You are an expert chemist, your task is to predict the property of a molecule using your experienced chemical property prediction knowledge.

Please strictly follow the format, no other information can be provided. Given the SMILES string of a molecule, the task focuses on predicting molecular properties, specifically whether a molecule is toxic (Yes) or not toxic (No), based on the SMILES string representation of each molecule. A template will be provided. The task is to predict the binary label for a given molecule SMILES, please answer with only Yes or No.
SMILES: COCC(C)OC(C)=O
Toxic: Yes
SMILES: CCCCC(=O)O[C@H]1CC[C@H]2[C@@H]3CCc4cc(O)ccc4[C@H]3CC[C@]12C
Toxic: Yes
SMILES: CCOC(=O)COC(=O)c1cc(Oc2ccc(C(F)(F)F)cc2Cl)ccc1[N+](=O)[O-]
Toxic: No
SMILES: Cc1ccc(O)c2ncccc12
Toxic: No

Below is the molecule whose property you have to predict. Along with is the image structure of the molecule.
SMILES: CC(=O)CC(=O)Nc1ccc2[nH]c(=O)[nH]c2c1
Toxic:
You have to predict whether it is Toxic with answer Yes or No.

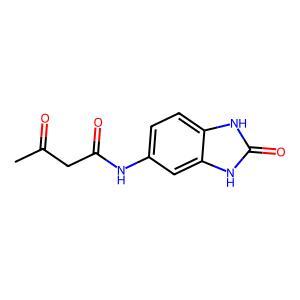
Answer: No